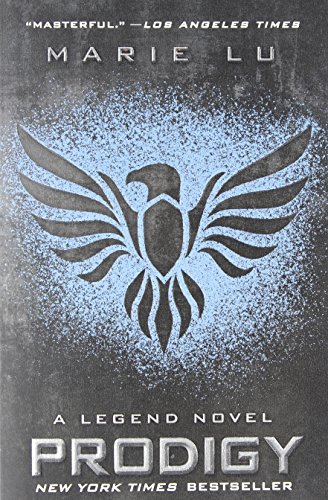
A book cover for Prodigy (Legend); Marie Lu; Teen & Young Adult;